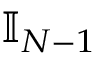
{ \mathbb I } _ { N - 1 }